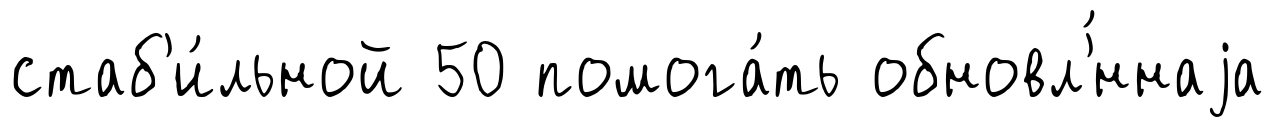
стаб'и́льной 50 помога́ть обновл'́ннаjа